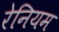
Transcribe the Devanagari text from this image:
रेनियम